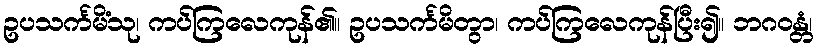
ဥပသင်္ကမိံသု၊ ကပ်ကြလေကုန်၏။ ဥပသင်္ကမိတွာ၊ ကပ်ကြလေကုန်ပြီး၍။ ဘဂဝန္တံ၊